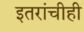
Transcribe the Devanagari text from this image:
इतरांचीही